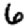
Digit: 6